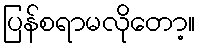
ပြန်စရာမလိုတော့။